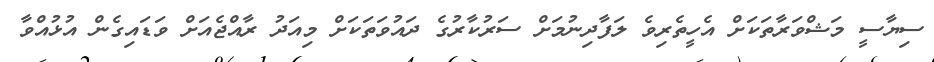
ސިޔާސީ މަޝްވަރާތަކަށް އެހީތެރިވެ ލަފާދިނުމަށް ސަރުކާރުގެ ދައުވަތަކަށް މިއަދު ރާއްޖެއަށް ވަޑައިގެން އުޅުއްވާ